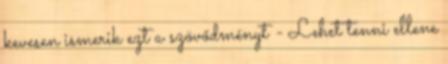
kevesen ismerik ezt a szövődményt - Lehet tenni ellene